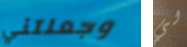
وجعلتني لي